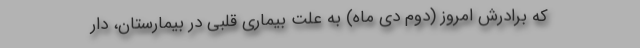
که برادرش امروز (دوم دی ماه) به علت بیماری قلبی در بیمارستان، دار